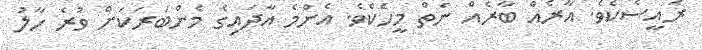
ރައީސެކެވެ. އާރެއް ބާރެއް ނެތް މީހެކެވެ. އެންމެ އާދައިގެ މެންބަރަކަށް ވުރެ ހާލު